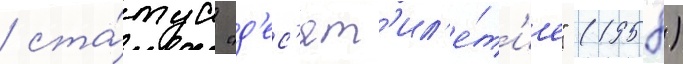
/ ста́туа "д'ес'ят'ил'е́т'ие" (1958)